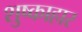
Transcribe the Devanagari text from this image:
शुष्काहार